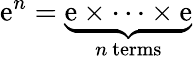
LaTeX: \mathrm{e}^{n}=\underbrace{{\mathrm{e}\times\cdots\times\mathrm{e}}}_{n{\mathrm{{~t\mathrm{e}rms}}}}